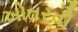
ખોતરવી